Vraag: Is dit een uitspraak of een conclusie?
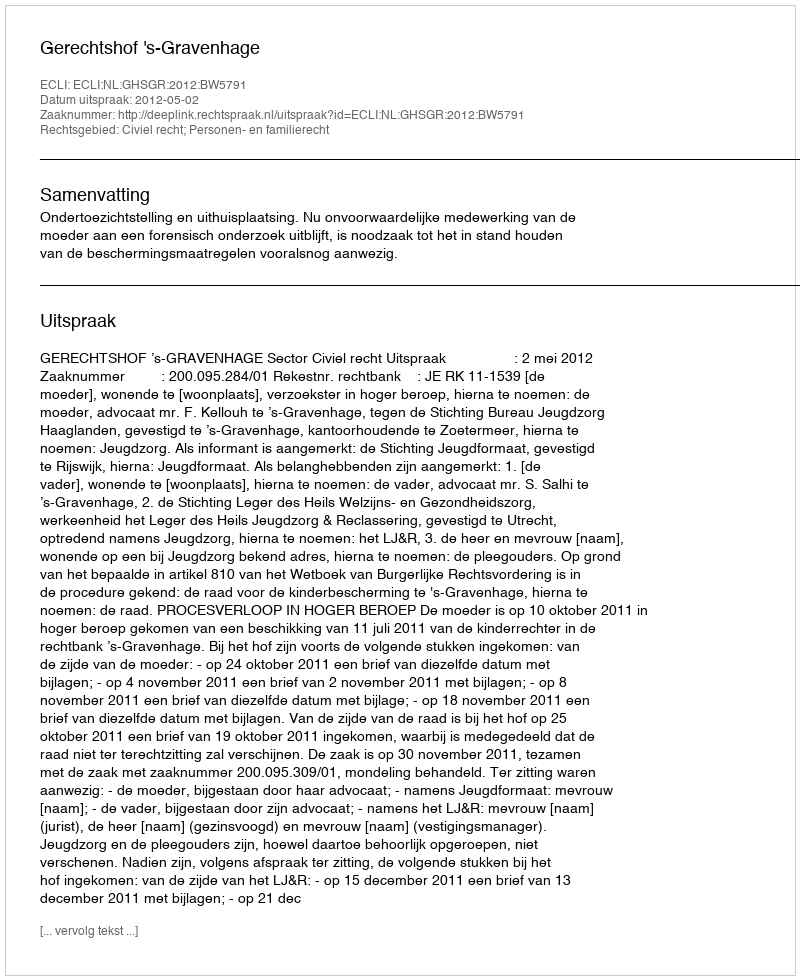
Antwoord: Uitspraak